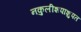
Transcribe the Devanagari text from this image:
नकुलीशपाशुपत